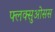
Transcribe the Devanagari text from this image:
फ्लक्सुओसस